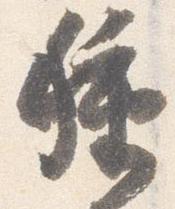
種